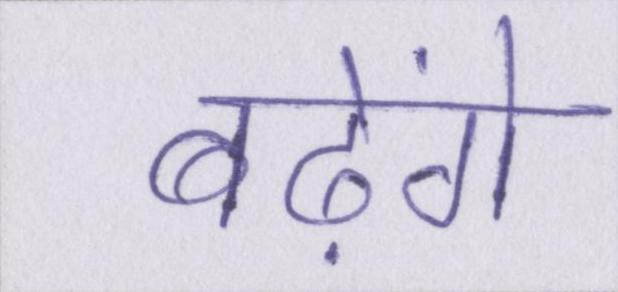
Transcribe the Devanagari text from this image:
बढ़ेंगे